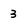
Character: 3